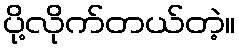
ပို့လိုက်တယ်တဲ့။